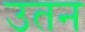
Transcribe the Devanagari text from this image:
उतन